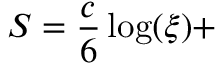
S = \frac { c } { 6 } \log ( \xi ) +